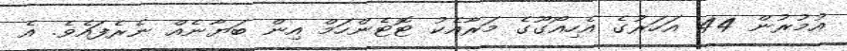
އުމުރުން 44 އަހަރުގެ އެހިއޯގޫގެ މަރާއެކު ޓޮޓެންހަމް އިން ބަޔާނެއް ނެރެފައެވެ. އެ